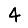
Digit: 4